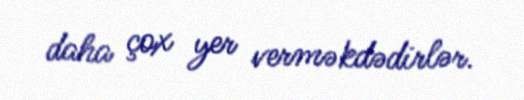
daha çox yer verməkdədirlər.